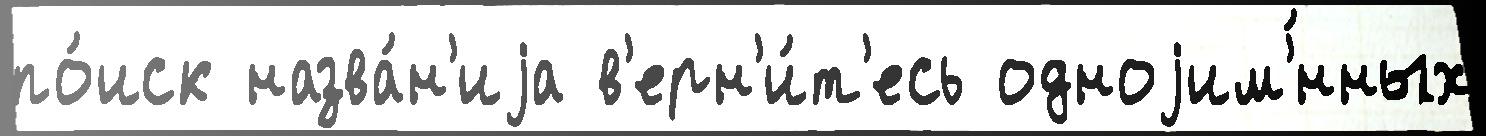
по́иск назва́н'иjа в'ерн'и́т'есь одноjим'́нных